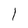
Character: 1